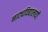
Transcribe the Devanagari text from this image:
नाट्यविद्यालयों